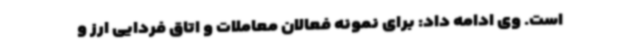
است. وی ادامه داد: برای نمونه فعالان معاملات و اتاق ‌فردایی ارز و